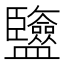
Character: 𥃡